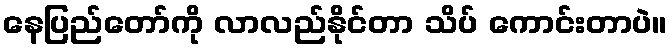
နေပြည်တော်ကို လာလည်နိုင်တာ သိပ် ကောင်းတာပဲ။